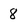
Character: 8